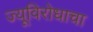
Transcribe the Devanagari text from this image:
ज्यूविरोधाचा